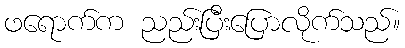
ဖရောက်က ညည်းပြီးပြောလိုက်သည်။